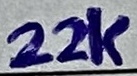
Text: 22K